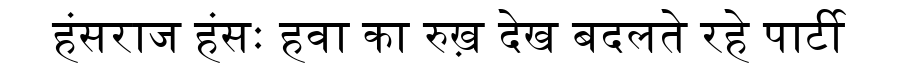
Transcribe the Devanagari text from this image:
हंसराज हंसः हवा का रुख़ देख बदलते रहे पार्टी